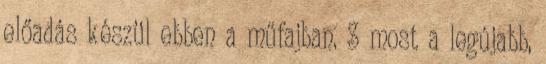
előadás készül ebben a műfajban. S most a legújabb,